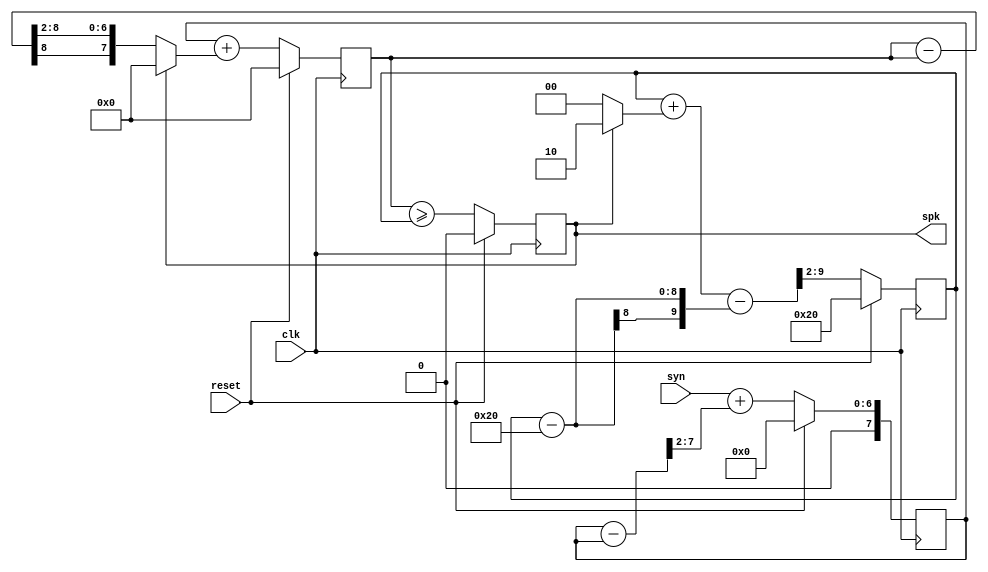
`default_nettype none
`timescale 1ns/1ns

module input_neuron #(
    parameter ori_thr = 32,
    parameter decay_shift_cur = 2,
    parameter decay_shift_mem = 2,
    parameter decay_shift_thr = 2,
    parameter adp_thr = 2
)(
    input wire      clk,
    input wire      reset,
    input wire      syn,
    output reg      spk
);
    reg     [7:0] cur;
    reg     [7:0] mem;
    reg     [7:0] thr;
    wire    [7:0] cur_his;
    wire    [7:0] mem_his;
    wire    [7:0] thr_his;

    // TODO: weight in register array
    assign cur_his = syn + (cur - cur >> decay_shift_cur);
    assign mem_his = cur + (spk ? 0 : mem - mem >> decay_shift_mem);
    assign thr_his = thr + (spk ? adp_thr : 0) - (thr - ori_thr) >> decay_shift_thr;

    always @ (posedge clk) begin
 	    if (reset) begin
            cur <= 0;
            mem <= 0;
            spk <= 0;
            thr <= ori_thr;
        end else begin
            cur <= cur_his;
            mem <= mem_his;
            spk <= (mem >= thr);
            thr <= thr_his;
        end
    end

endmodule